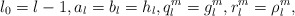
\begin{align*}l_0=l-1,a_l=b_l=h_l,q_l^m=g_l^m,r_l^m=\rho_l^m,\end{align*}